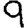
Digit: 9